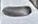
Text: -